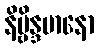
နိဗ္ဗိန္ဒမာနော